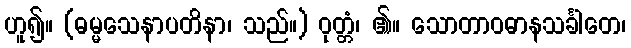
ဟူ၍။ (ဓမ္မသေနာပတိနာ၊ သည်။) ဝုတ္တံ၊ ၏။ သောတာဝဓာနသင်္ခါတေ၊